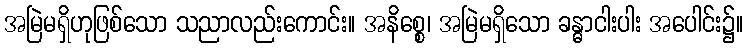
အမြဲမရှိဟုဖြစ်သော သညာလည်းကောင်း။ အနိစ္စေ၊ အမြဲမရှိသော ခန္ဓာငါးပါး အပေါင်း၌။